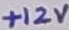
Text: +12V